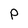
Character: P